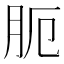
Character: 𦙜